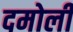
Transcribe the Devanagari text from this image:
दमोली